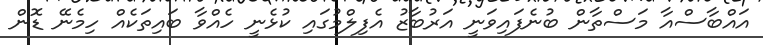
އައްބާސްއާ މަސްތާން ބުނެފައިވަނީ އަރުބާޒު އެފިލްމުގައި ކުޅެނީ ހެއްވާ ބައިތަކެއް ހިމެނޭ ޑޮން